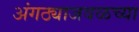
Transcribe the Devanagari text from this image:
अंगठ्याजवळच्या